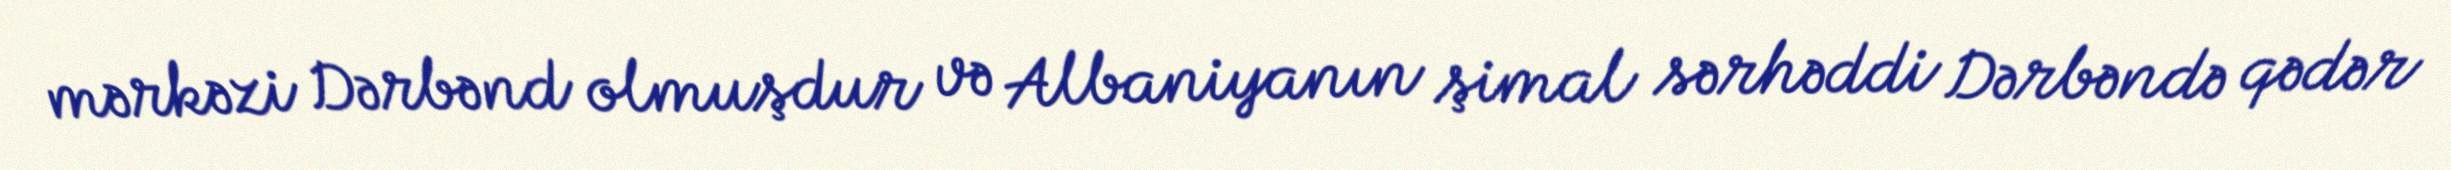
mərkəzi Dərbənd olmuşdur və Albaniyanın şimal sərhəddi Dərbəndə qədər